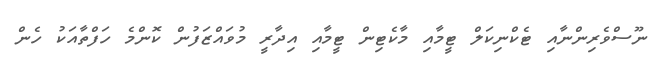
ނޫސްވެރިންނާއި ޓެކްނިކަލް ޓީމާއި މާކެޓިން ޓީމާއި އިދާރީ މުވައްޒަފުން ކޮންމެ ހަފްތާއަކު ހެން